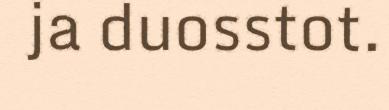
ja duosstot.